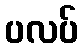
ပလပ်